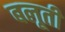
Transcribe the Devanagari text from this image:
बलूती